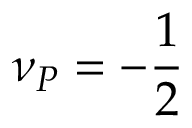
\nu _ { P } = - \frac { 1 } { 2 }